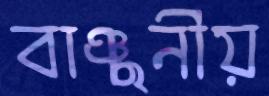
বাঞ্ছনীয়